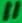
Text: 11